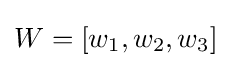
W=[w_{1},w_{2},w_{3}]